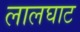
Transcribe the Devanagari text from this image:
लालघाट